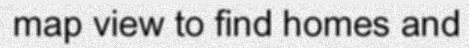
map view to find homes and